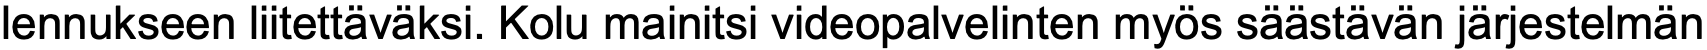
lennukseen liitettäväksi. Kolu mainitsi videopalvelinten myös säästävän järjestelmän